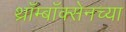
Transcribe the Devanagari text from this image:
थ्रॉम्बॉक्सेनच्या